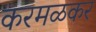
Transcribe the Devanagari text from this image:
करमळकर